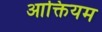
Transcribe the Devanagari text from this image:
आक्तियम